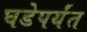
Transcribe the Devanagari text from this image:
घडेपर्यंत